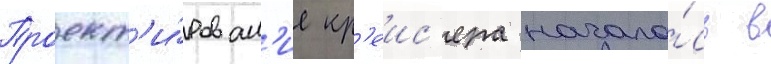
Проект'и́рован'ие кр'еис'ера начало́сь в